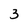
Character: 3